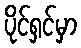
ပိုင်ရှင်မှာ